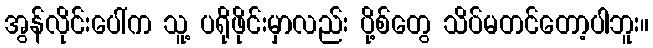
အွန်လိုင်းပေါ်က သူ့ ပရိုဖိုင်းမှာလည်း ပို့စ်တွေ သိပ်မတင်တော့ပါဘူး။